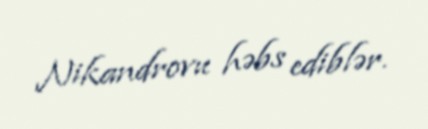
Nikandrovu həbs ediblər.